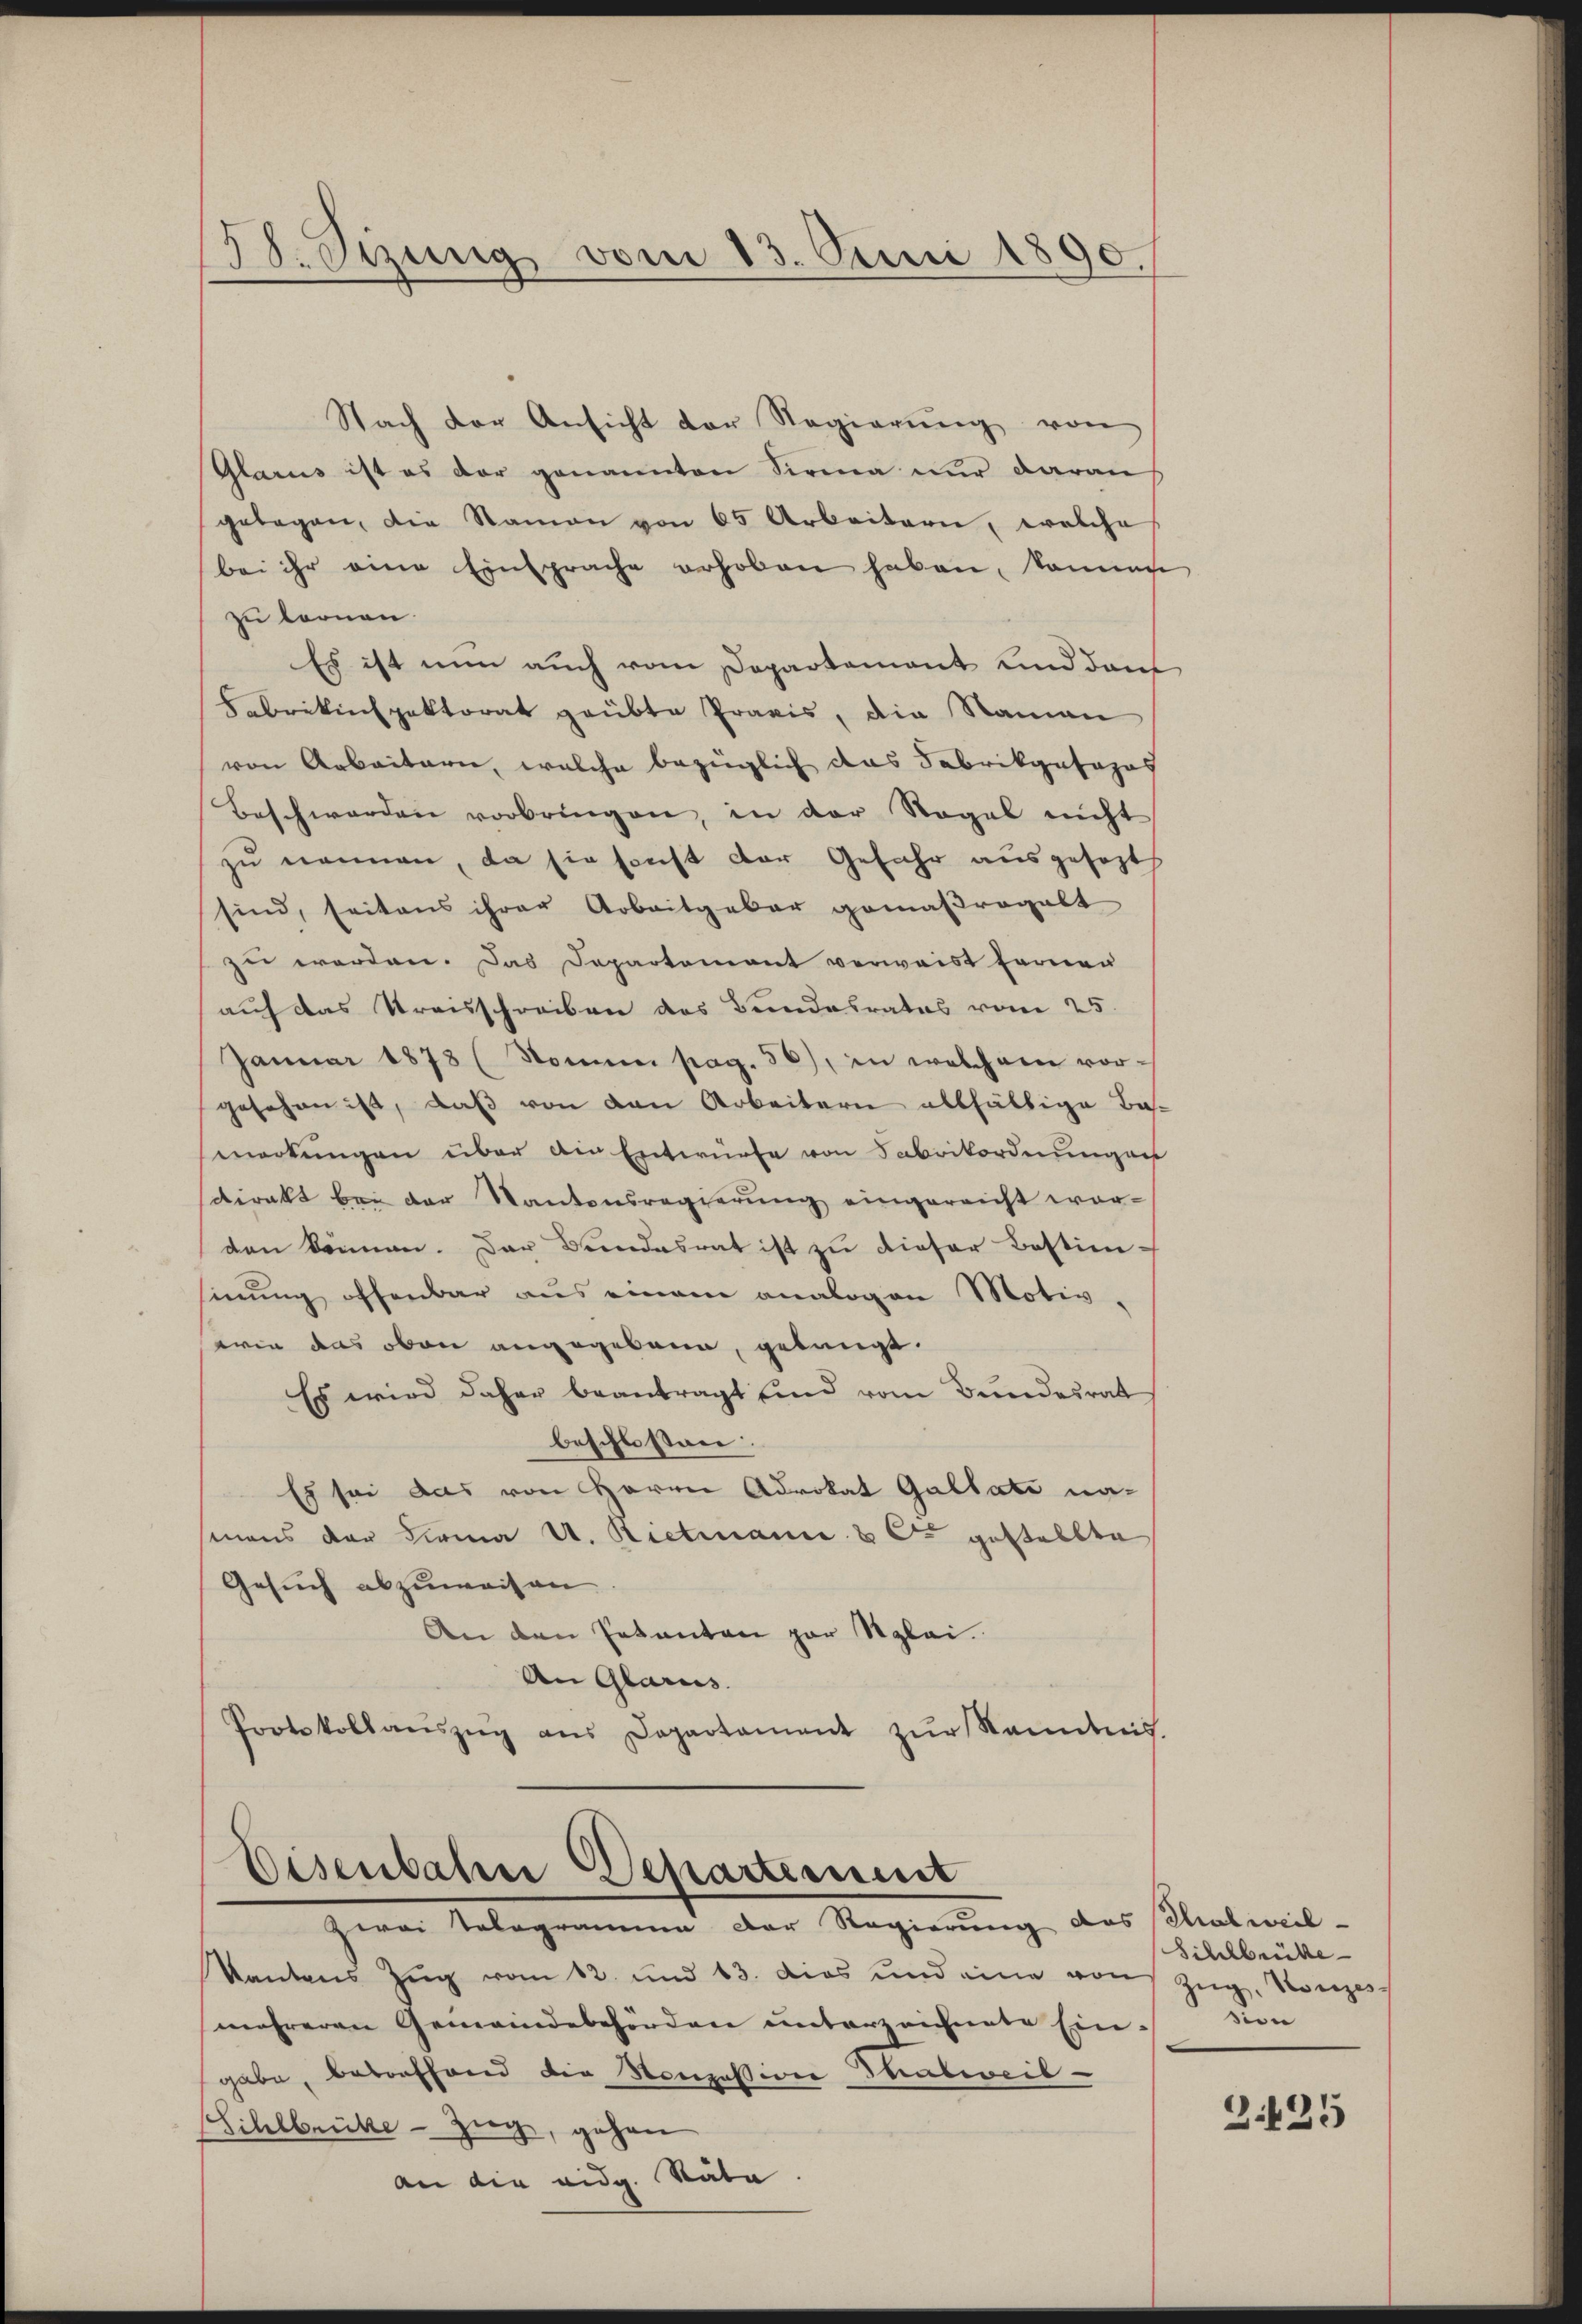
58. Sitzung vom 13. Juni 1890.

Nach der Ansicht der Regierŭng von
Glarus ist es der genannten Sirna nur daran
gelegen, die Namen von 65 Arbeitern, welche
bei ihr eine Einsprache erhoben haben, können
zu lernen.
Es ist nun auch vom Departement und darf
Fabrikinspektorat geübte Praxis, die Namen
von Arbeitern, welche bezüglich das Fabrikgasapos
Beschwerden vorbringen, in der Regel nicht
zu nennen, da sie sonst der Gefahr ausgesezt
sind, seitens ihrer Arbeitgebar gemäβrogalt
zu worden. Das Departement verweist fernen
auf das Kreisschreiben des Bundesrates vom 25.
Januar 1873 (Somme pag. 56), in welchem vorgesehen ist, daß von den Arbeitern allfältige Bamerkungen über ain Entwürfe von Fabrikordnung auf
dirakt bei der Kantonsregierung eingereicht worden können. Das Bundesrat ist zu dieser Bestimmung offenbar aus einem analogen Motiv-
serin das oben angegebene, gelangt.
Es wird daher beantragt sind vom Bundesrat
beschlossen:
Es sei das von Herrn Advokat Gultate namans der Firma U. Rietmanne & Cie gestellte
Gesuch abzuweisen.
An den Petenten par Stylei.
An Glarus. |
Protokollaŭszŭg ans Departament zŭr Kenntnis

Eisenbahn Departement
zwei Telegramme der Regierung des Thalweil-

Kantons Zŭg vom 12. und 13. dies und eine von Zŭg, Konzes
mehreren Gemeindebehörden unterzeichnete Einsion
gabe, betreffend die Konzession Thalweil-
Sihlbrücke - Zieg, gehen
an die eidg. Rata.

Sihlbrücke

)
435